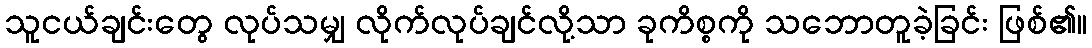
သူငယ်ချင်းတွေ လုပ်သမျှ လိုက်လုပ်ချင်လို့သာ ခုကိစ္စကို သဘောတူခဲ့ခြင်း ဖြစ်၏။